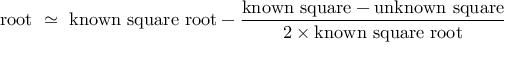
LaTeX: { \mathrm { r o o t ~ } } \simeq { \mathrm { ~ k n o w n ~ s q u a r e ~ r o o t } } - { \frac { { \mathrm { k n o w n ~ s q u a r e } } - { \mathrm { u n k n o w n ~ s q u a r e } } } { 2 \times { \mathrm { k n o w n ~ s q u a r e ~ r o o t } } } }